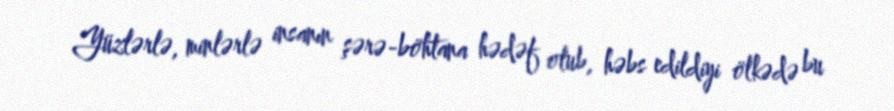
Yüzlərlə, minlərlə insanın şərə-böhtana hədəf olub, həbs edildiyi ölkədə bu